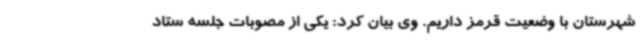
شهرستان با وضعیت قرمز داریم. وی بیان کرد: یکی از مصوبات جلسه ستاد